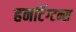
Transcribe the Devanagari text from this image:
हनटिंग्टन्स